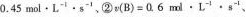
0 . 4 5$$mol\cdot L^{-1}\cdot s^{-1}、②$$v ( B ) = 0 . 6$$mml\cdot L^{-1}\cdot s^{-1}、